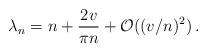
LaTeX: \begin{align*}\lambda_{n} = n + \frac{2v}{\pi n} + {\cal O}( (v/n)^{2}) \, .\end{align*}